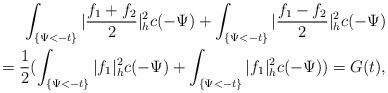
LaTeX: \begin{align*}\int_{\{\Psi<-t\}}|\frac{f_1+f_2}{2}|^2_hc(-\Psi)+\int_{\{\Psi<-t\}}|\frac{f_1-f_2}{2}|^2_hc(-\Psi)\\=\frac{1}{2}(\int_{\{\Psi<-t\}}|f_1|^2_hc(-\Psi)+\int_{\{\Psi<-t\}}|f_1|^2_hc(-\Psi))=G(t),\end{align*}